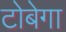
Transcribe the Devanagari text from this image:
टोबेगा